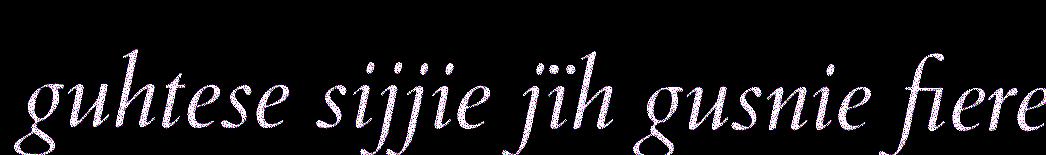
guhtese sijjie jïh gusnie fiere